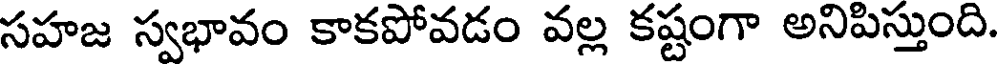
సహజ స్వభావం కాకపోవడం వల్ల కష్టంగా అనిపిస్తుంది.